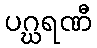
ပဂ္ဃရဏီ